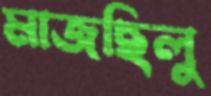
মাজছিলু